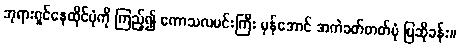
ဘုရားရှင်နေထိုင်ပုံကို ကြည့်၍ ကောသလမင်းကြီး မှန်အောင် အကဲခတ်တတ်ပုံ ပြဆိုခန်း။